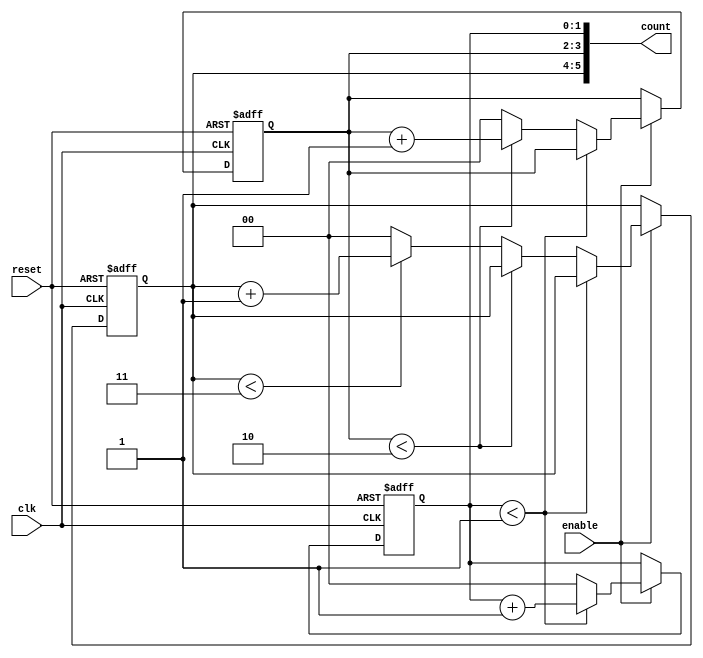
module mixed_radix_counter (
    input wire clk,               // Clock input
    input wire reset,             // Asynchronous reset
    input wire enable,            // Enable signal
    output reg [5:0] count        // Output count (adjust width as needed)
);

    // Radix configuration for each digit
    parameter RADIX_1 = 2;        // Base 2
    parameter RADIX_2 = 3;        // Base 3
    parameter RADIX_3 = 4;        // Base 4

    // Maximum count values for each digit
    localparam MAX_COUNT_1 = RADIX_1 - 1;
    localparam MAX_COUNT_2 = RADIX_2 - 1;
    localparam MAX_COUNT_3 = RADIX_3 - 1;

    // Internal registers for each digit
    reg [1:0] digit1; // 2 bits for base 2
    reg [1:0] digit2; // 2 bits for base 3
    reg [1:0] digit3; // 2 bits for base 4

    // Count output concatenation
    always @(*) begin
        count = {digit3, digit2, digit1}; // Concatenate digits for output
    end

    // Counting logic
    always @(posedge clk or posedge reset) begin
        if (reset) begin
            // Reset all digits to zero
            digit1 <= 0;
            digit2 <= 0;
            digit3 <= 0;
        end else if (enable) begin
            // Increment the least significant digit
            if (digit1 < MAX_COUNT_1) begin
                digit1 <= digit1 + 1;
            end else begin
                digit1 <= 0; // Reset digit1
                // Increment the next digit
                if (digit2 < MAX_COUNT_2) begin
                    digit2 <= digit2 + 1;
                end else begin
                    digit2 <= 0; // Reset digit2
                    // Increment the next digit
                    if (digit3 < MAX_COUNT_3) begin
                        digit3 <= digit3 + 1;
                    end else begin
                        digit3 <= 0; // Reset digit3
                    end
                end
            end
        end
    end

endmodule